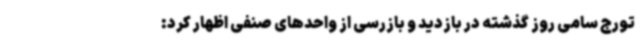
تورج سامی روز گذشته در بازدید و بازرسی از واحدهای صنفی اظهار کرد: